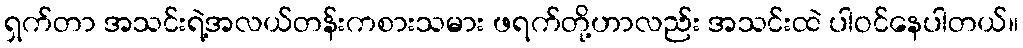
ရှက်တာ အသင်းရဲ့အလယ်တန်းကစားသမား ဖရက်တို့ဟာလည်း အသင်းထဲ ပါဝင်နေပါတယ်။